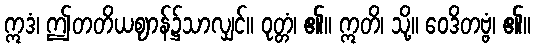
ဣဒံ၊ ဤတတိယဈာန်၌သာလျှင်။ ဝုတ္တံ၊ ၏။ ဣတိ၊ သို့။ ဝေဒိတဗ္ဗံ၊ ၏။